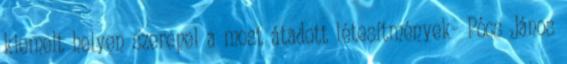
kiemelt helyen szerepel a most átadott létesítmények- Pócs János